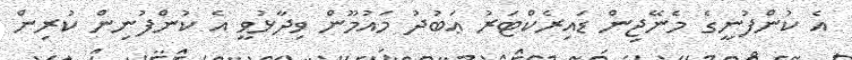
އެ ކުންފުނީގެ މެނޭޖިން ޑައިރެކްޓަރު ޢަބުދު މައުމޫން ވިދާޅުވީ އެ ކުންފުނިން ކުރިން